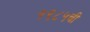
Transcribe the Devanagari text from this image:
१९८५ची